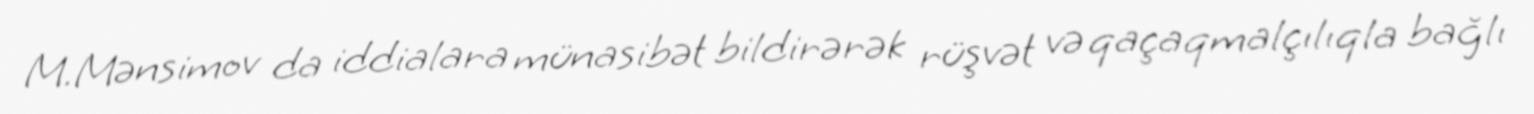
M.Mənsimov da iddialara münasibət bildirərək rüşvət və qaçaqmalçılıqla bağlı